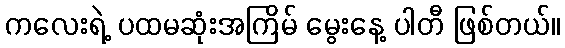
ကလေးရဲ့ ပထမဆုံးအကြိမ် မွေးနေ့ ပါတီ ဖြစ်တယ်။